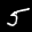
Label: 5